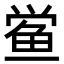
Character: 鲎